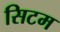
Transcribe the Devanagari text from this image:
सिटम